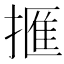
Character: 㨤